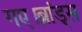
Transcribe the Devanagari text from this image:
गए।ब्रांड्स